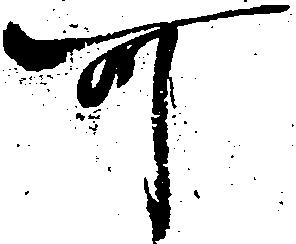
可